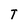
Character: T